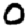
Digit: 0